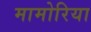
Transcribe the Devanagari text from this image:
मामोरिया